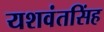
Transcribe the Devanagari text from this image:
यशवंतसिंह